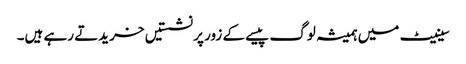
سینیٹ میں ہمیشہ لوگ پیسے کے زور پر نشستیں خریدتے رہے ہیں۔